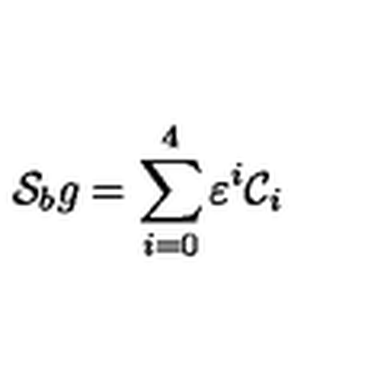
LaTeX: { \cal S } _ { b } g = \sum _ { i = 0 } ^ { 4 } \varepsilon ^ { i } { \cal C } _ { i }